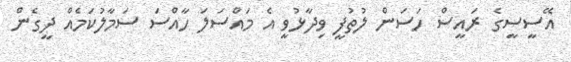
އޭސީސީގެ ރައީސް ހަސަން ލުތުފީ ވިދާޅުވީ އެ މައްސަލަ ހާއްސަ ސަމާލުކަމެއް ދީގެން